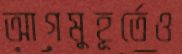
আগমুহূর্তেও